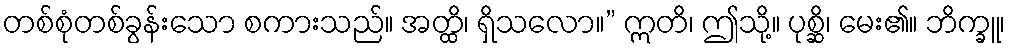
တစ်စုံတစ်ခွန်းသော စကားသည်။ အတ္ထိ၊ ရှိသလော။” ဣတိ၊ ဤသို့။ ပုစ္ဆိ၊ မေး၏။ ဘိက္ခူ၊